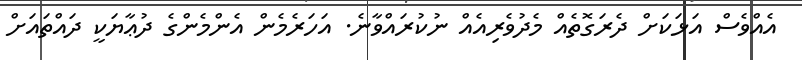
އެއްވެސް އަޅަކަށް ދެރަގޮތެއް މެދުވެރިއެއް ނުކުރައްވާނެ. އަހަރެމެން އެންމެންގެ ދުޢާޔަކީ ދައްތައަށް